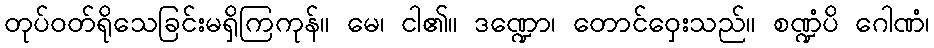
တုပ်ဝတ်ရိုသေခြင်းမရှိကြကုန်။ မေ၊ ငါ၏။ ဒဏ္ဍော၊ တောင်ဝှေးသည်။ စဏ္ဍံပိ ဂေါဏံ၊